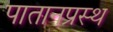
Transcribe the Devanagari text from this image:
पातानप्रस्थ